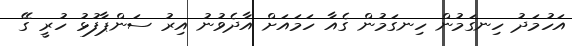
އަހުމަދު ހިނގަމުން ހިނގަމުން ގެއާ ހަމައަށް އާދެވުނު އިރު ސަންޕާފުޅު ހުރީ ގޭ